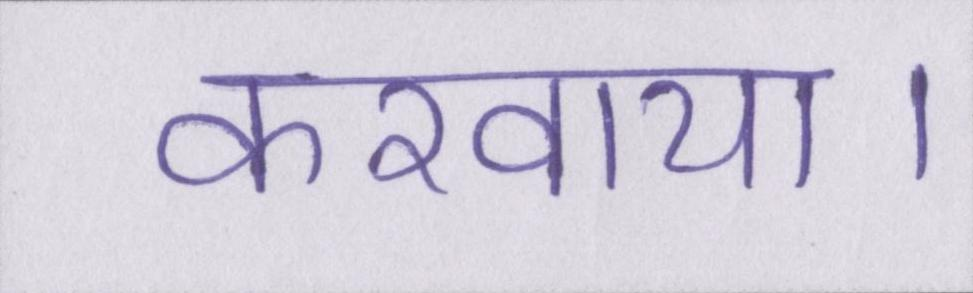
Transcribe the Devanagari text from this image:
करवाया।